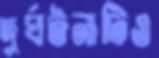
দুর্ঘটনাটিও